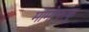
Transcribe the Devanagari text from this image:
मोमोफुकु